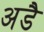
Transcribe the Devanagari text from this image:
अडै